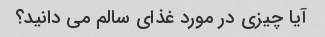
آیا چیزی در مورد غذای سالم می دانید؟